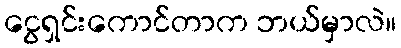
ငွေရှင်းကောင်တာက ဘယ်မှာလဲ။